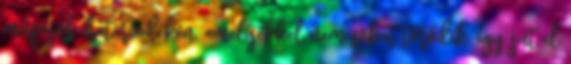
műfajok határvidékén, amelyekkel nem sokat törődik, így jut el